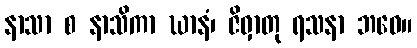
နာသာ စ နာသိကာ ဃာနံ၊ ဇိဝှာတု ရသနာ ဘဝေ။